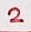
Text: 2